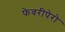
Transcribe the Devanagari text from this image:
फेवरीपेरो